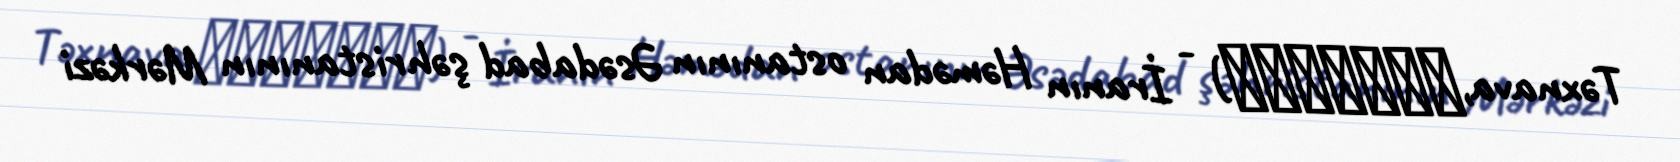
Təxnava,تَخناوا) - İranın Həmədan ostanının Əsədabad şəhristanının Mərkəzi